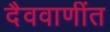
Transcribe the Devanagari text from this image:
दैववाणींत